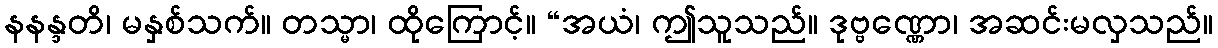
နနန္ဒတိ၊ မနှစ်သက်။ တသ္မာ၊ ထိုကြောင့်။ “အယံ၊ ဤသူသည်။ ဒုဗ္ဗဏ္ဏော၊ အဆင်းမလှသည်။